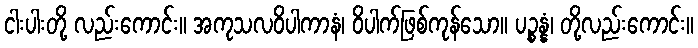
ငါးပါးတို့ လည်းကောင်း။ အကုသလဝိပါကာနံ၊ ဝိပါက်ဖြစ်ကုန်သော။ ပဉ္စန္နံ၊ တို့လည်းကောင်း။